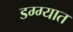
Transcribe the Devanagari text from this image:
डग्ग्यात